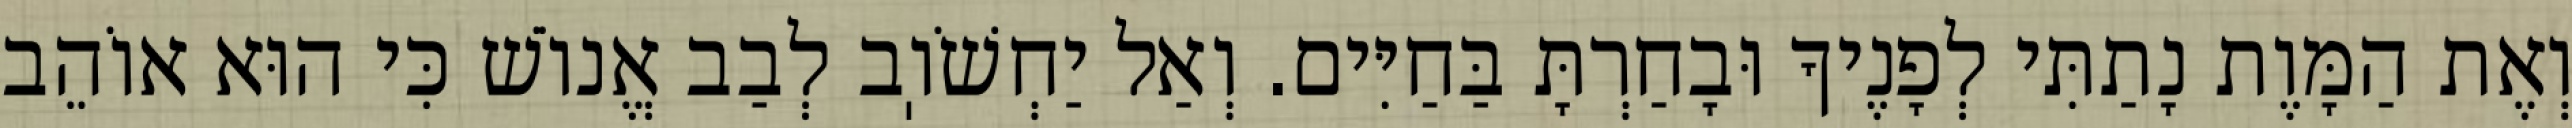
וְאֶת הַמָּוֶת נָתַתִּי לְפָנֶיךָ וּבָחַרְתָּ בַּחַיִּים. וְאַל יַחְשֹׁוֽב לְבַב אֱנוֹשׁ כִּי הוּא אוֹהֵב